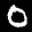
Label: 0